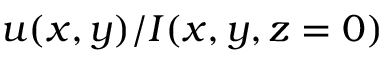
u ( x , y ) / I ( x , y , z = 0 )